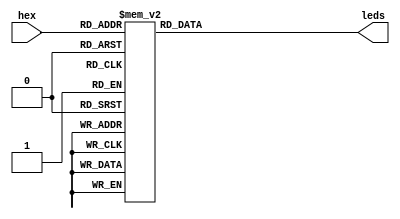
module hex7seg(hex, leds);
	
	input [3:0]hex;
	output reg [1:7]leds;
	
	always @(hex)
		case (hex)
			0: leds = 7'b0000001;
			1: leds = 7'b1001111;
			2: leds = 7'b0010010;
			3: leds = 7'b0000110;
			4: leds = 7'b1001100;
			5: leds = 7'b0100100;
			6: leds = 7'b0100000;
			7: leds = 7'b0001111;
			8: leds = 7'b0000000;
			9: leds = 7'b0000100;
			10: leds = 7'b0001000;
			11: leds = 7'b1100000;
			12: leds = 7'b0110001;
			13: leds = 7'b1000010;
			14: leds = 7'b0110000;
			15: leds = 7'b0111000;
		endcase
		
		
endmodule